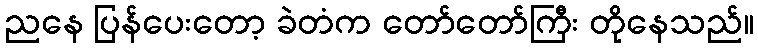
ညနေ ပြန်ပေးတော့ ခဲတံက တော်တော်ကြီး တိုနေသည်။